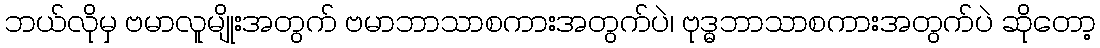
ဘယ်လိုမှ ဗမာလူမျိုးအတွက် ဗမာဘာသာစကားအတွက်ပဲ၊ ဗုဒ္ဓဘာသာစကားအတွက်ပဲ ဆိုတော့